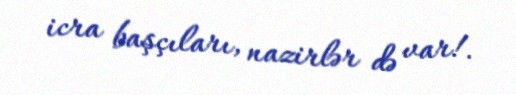
icra başçıları, nazirlər də var!.